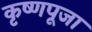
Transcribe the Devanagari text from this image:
कृष्‍णपूजा